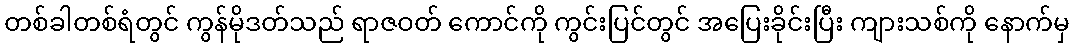
တစ်ခါတစ်ရံတွင် ကွန်မိုဒတ်သည် ရာဇဝတ် ကောင်ကို ကွင်းပြင်တွင် အပြေးခိုင်းပြီး ကျားသစ်ကို နောက်မှ